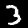
Label: 3